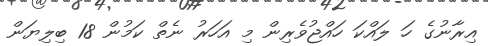
އިރާނުގެ ހަ ލައްކަ ހައްޖުވެރިން މި އަހަރު ނެތް ކަމުން 18 ބިލިޔަން